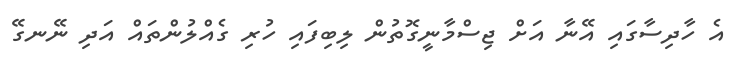
އެ ހާދިސާގައި އޭނާ އަށް ޖިސްމާނީގޮތުން ލިބިފައި ހުރި ގެއްލުންތައް އަދި ނޭނގޭ